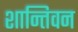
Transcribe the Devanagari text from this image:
शान्तिवन